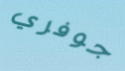
جوفري